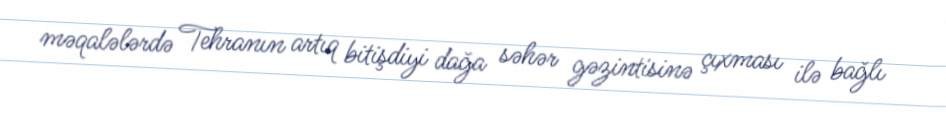
məqalələrdə Tehranın artıq bitişdiyi dağa səhər gəzintisinə çıxması ilə bağlı